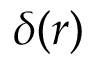
\delta ( r )